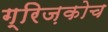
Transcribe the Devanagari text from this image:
ग्रिज़कोच